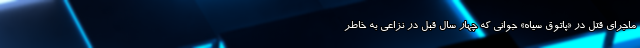
ماجرای قتل در «پاتوق سیاه» جوانی که چهار سال قبل در نزاعی به خاطر